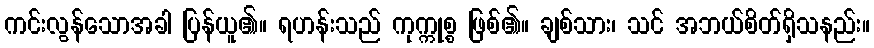
ကင်းလွန်သောအခါ ပြန်ယူ၏။ ရဟန်းသည် ကုက္ကုစ္စ ဖြစ်၏။ ချစ်သား၊ သင် အဘယ်စိတ်ရှိသနည်း။